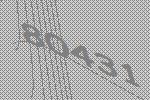
80431